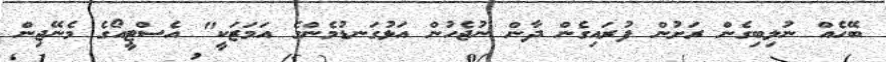
ބޭހެއް ނުލިބިގެން ރަށުން ފުރައިގެން ދާން ނުޖެހުން އަޅުގަނޑުމެންގެ އަމަޒަކީ" އެސްޓީއޯގެ މެނޭޖިން